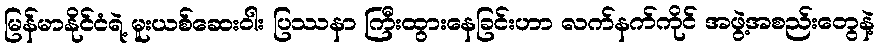
မြန်မာနိုင်ငံရဲ့ မူးယစ်ဆေးဝါး ပြဿနာ ကြီးထွားနေခြင်းဟာ လက်နက်ကိုင် အဖွဲ့အစည်းတွေနဲ့